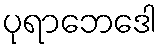
ပုရာဘေဒေါ